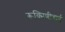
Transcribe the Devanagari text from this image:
रूक्मिणीबाई